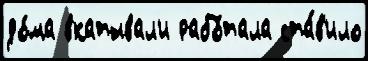
до́ма вкатывал'и рабо́тала ста́в'ило